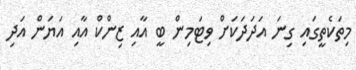
މިތަކެތީގައި ގިނަ އަދަދަކަށް ވިޓަމިން ބީ އާއި ޒިންކް އާއި އަޔަން އަދި